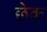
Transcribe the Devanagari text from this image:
छेक